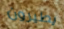
يطيرون